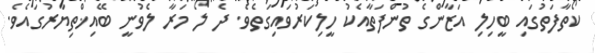
ކޯތާފަތުގައި ބީހިލި އަޒާންގެ ތުންފަތާއެކު ހީލިކަރުވައިގަތެވެ. ދެ ލޯ މަރާ ލެވުނީ ބޭއިޚްތިޔާރުގައެވެ.